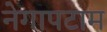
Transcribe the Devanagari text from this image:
नेगापटाम